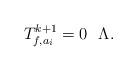
LaTeX: \begin{align*}T_{f,a_i}^{k+1}=0 \ \ \Lambda. \end{align*}